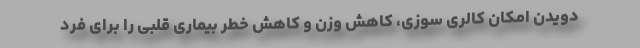
دویدن امکان کالری سوزی، کاهش وزن و کاهش خطر بیماری قلبی را برای فرد